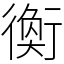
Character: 𧗽